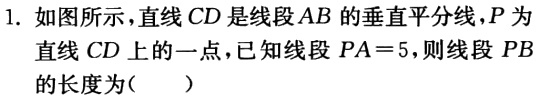
1. 如图所示，直线\(CD\)是线段\(AB\)的垂直平分线，\(P\)为直线\(CD\)上的一点，已知线段\(PA = 5\)，则线段\(PB\)的长度为（  ）